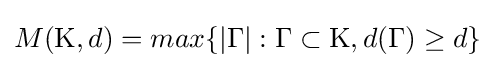
M(\mathrm {K} ,d)=max\{|\Gamma |:\Gamma \subset \mathrm {K} ,d(\Gamma )\geq d\}